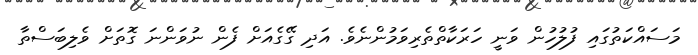
މަސައްކަތުގައި ފުލުހުން ވަނީ ހަރަކާތްތެރިވަމުންނެވެ. އަދި ގޭގެއަށް ފެން ނުވަންނަ ގޮތަށް ވެލިބަސްތާ